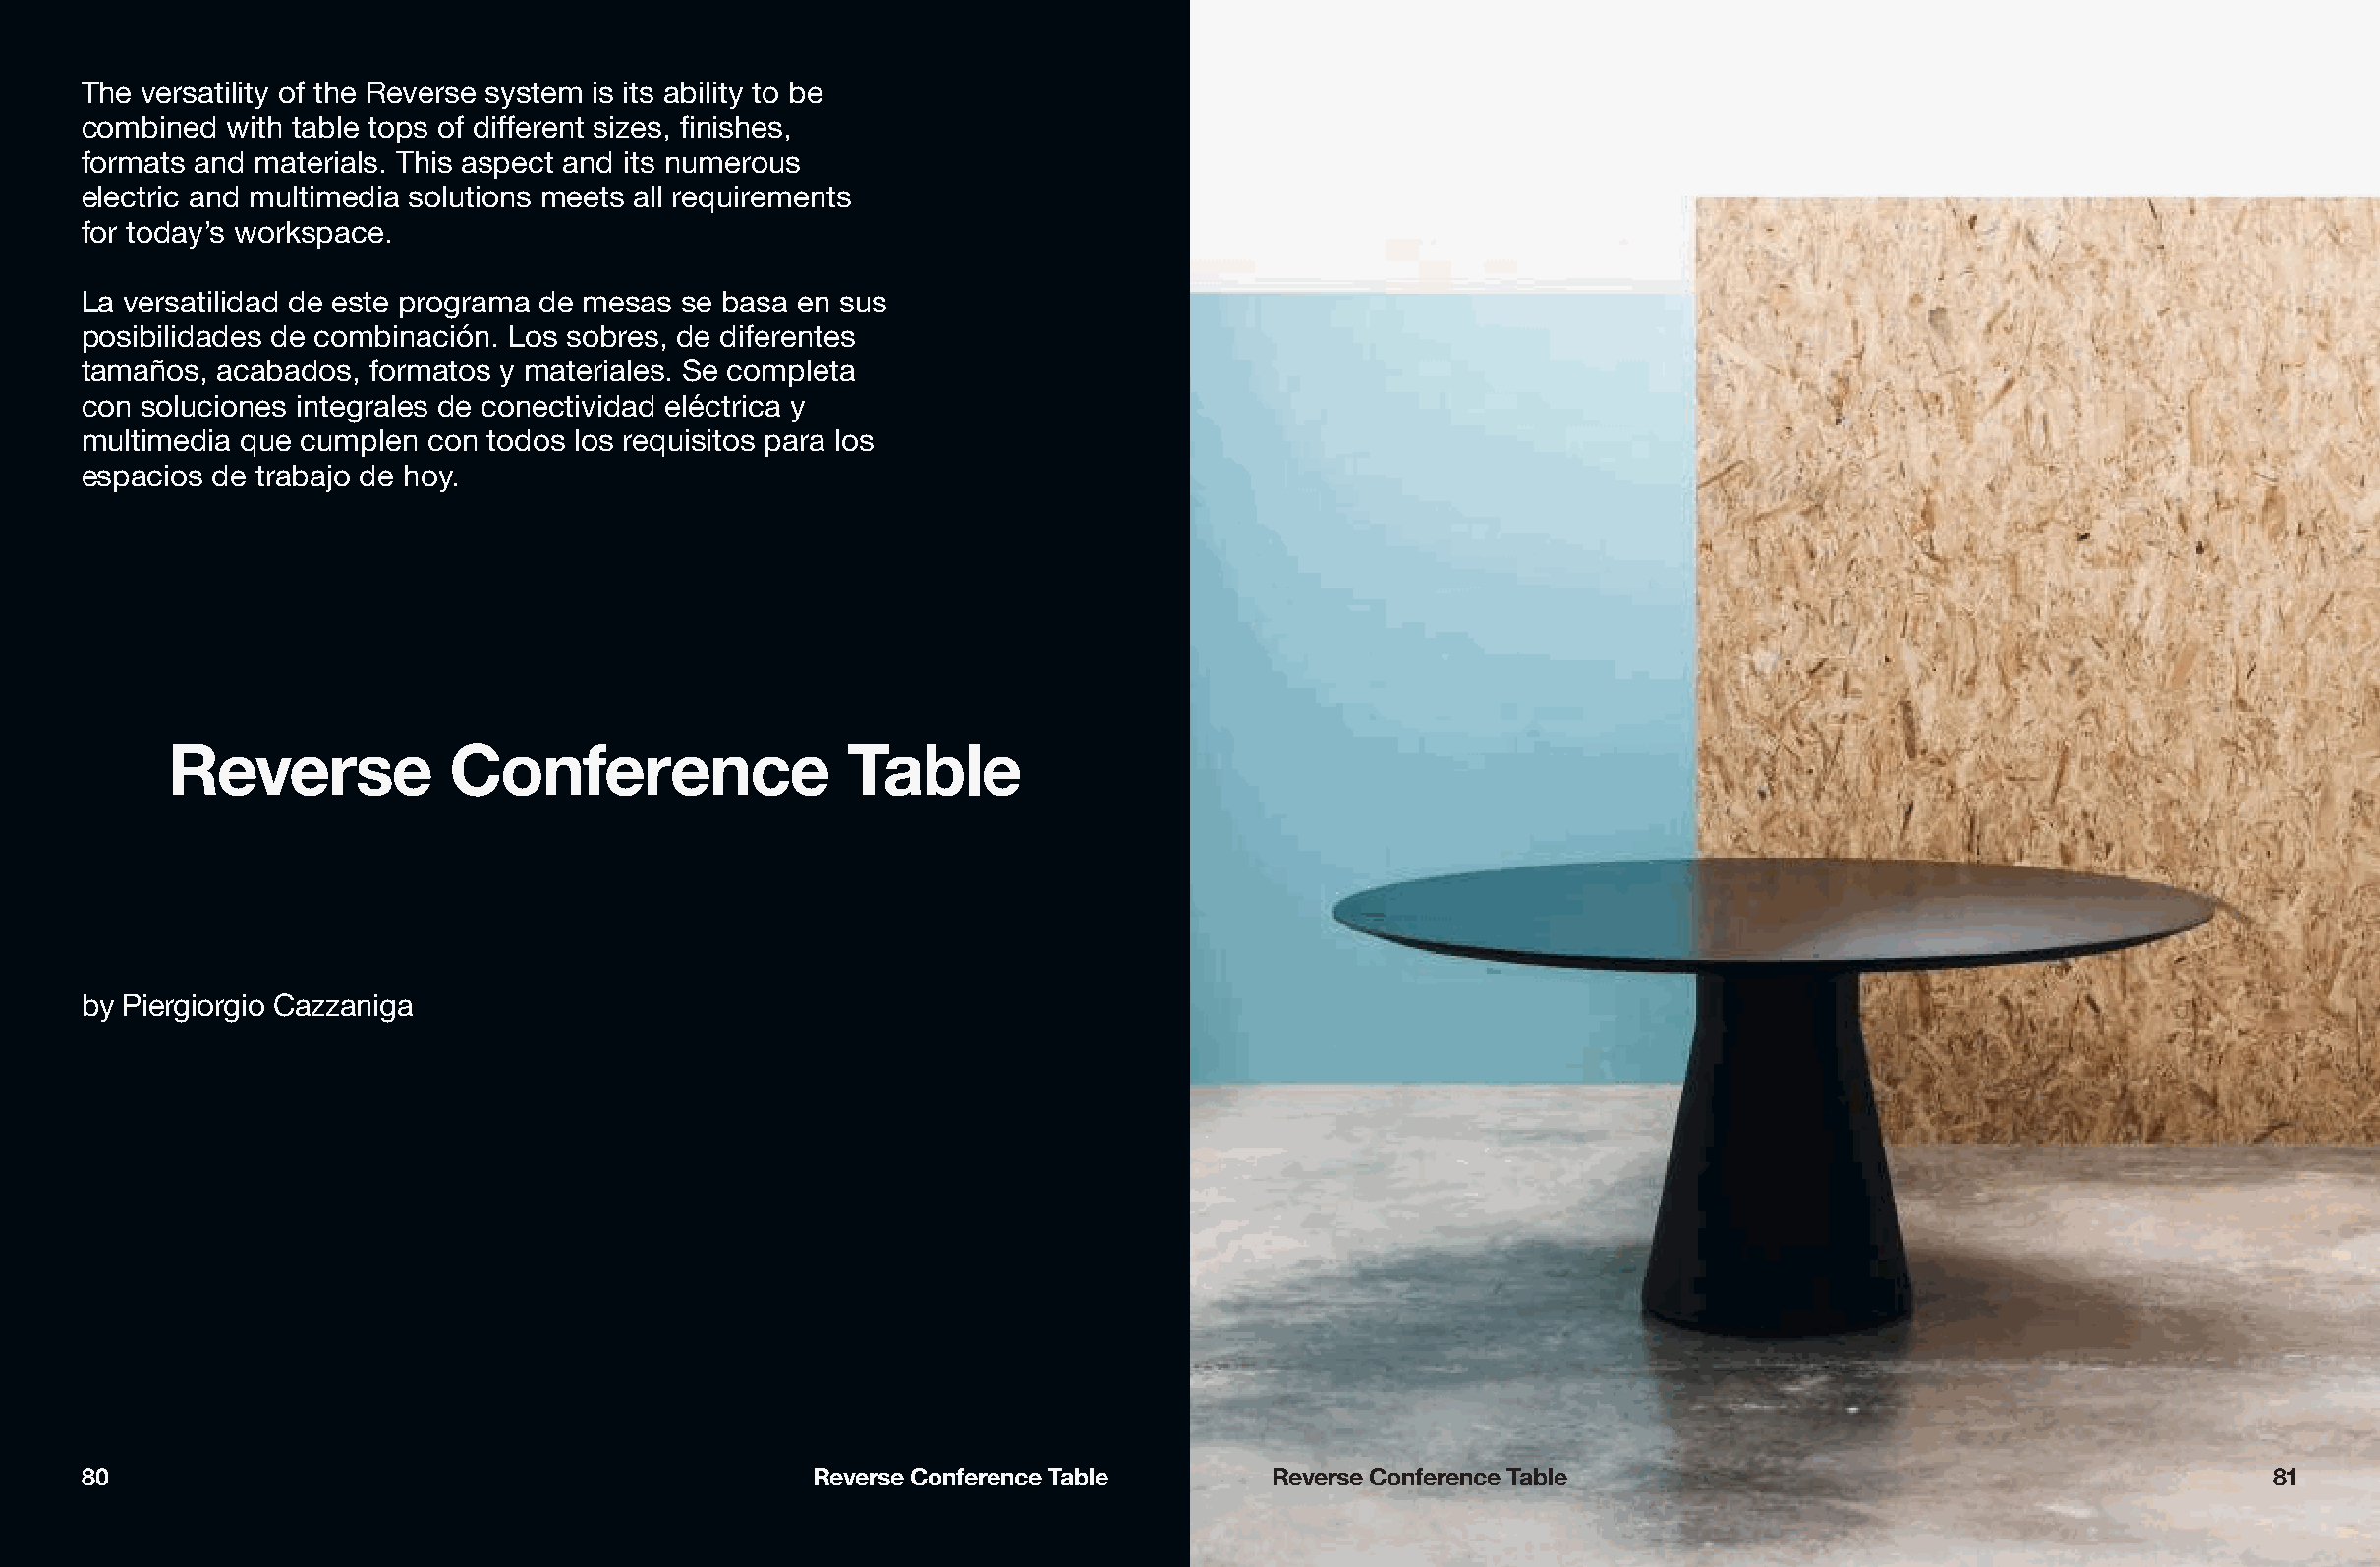
The versatility of the Reverse system is its ability to be
 combined  with table tops of different sizes, finishes,
 formats and materials. This aspect and its numerous
 electric and multimedia solutions meets all requirements
 for today’s workspace.
 La versatilidad de este programa de mesas se basa en sus
 posibilidades de combinación. Los sobres, de diferentes
 tamaños,  acabados, formatos y materiales. Se completa
 con soluciones integrales de conectividad eléctrica y
 multimedia que cumplen  con todos los requisitos para los
 espacios de trabajo de hoy.
 Reverse            Conference                 Table
 by Piergiorgio Cazzaniga
 80                                                Reverse Conference Table       Reverse Conference Table                                           81